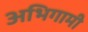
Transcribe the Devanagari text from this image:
अभिगामी